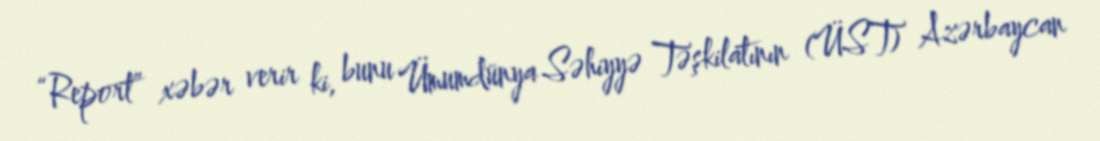
“Report” xəbər verir ki, bunu Ümumdünya Səhiyyə Təşkilatının (ÜST) Azərbaycan